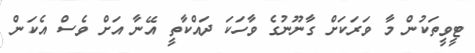
ޓީވީތަކުން މާ ވަރަކަށް ގާނޫނުގެ ވާހަކަ ދައްކާތީ އޭނާ އަށް ވެސް އެކަން